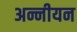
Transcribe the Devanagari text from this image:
अन्नीयन